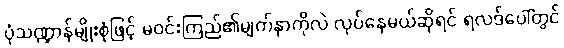
ပုံသဏ္ဍာန်မျိုးစုံဖြင့် မဝင်းကြည်၏မျက်နှာကိုလဲ လုပ်နေမယ်ဆိုရင် ရလဒ်ပေါ်တွင်